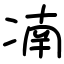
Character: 㓓